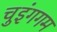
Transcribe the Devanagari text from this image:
चुइंगगम